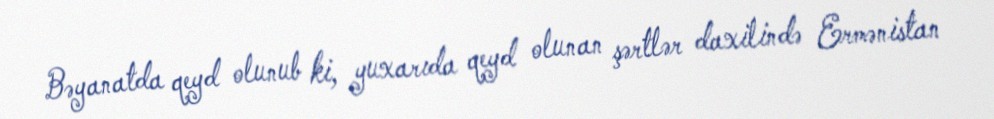
Bəyanatda qeyd olunub ki, yuxarıda qeyd olunan şərtlər daxilində Ermənistan